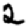
Digit: 2